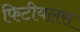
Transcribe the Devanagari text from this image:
फिटीयलस